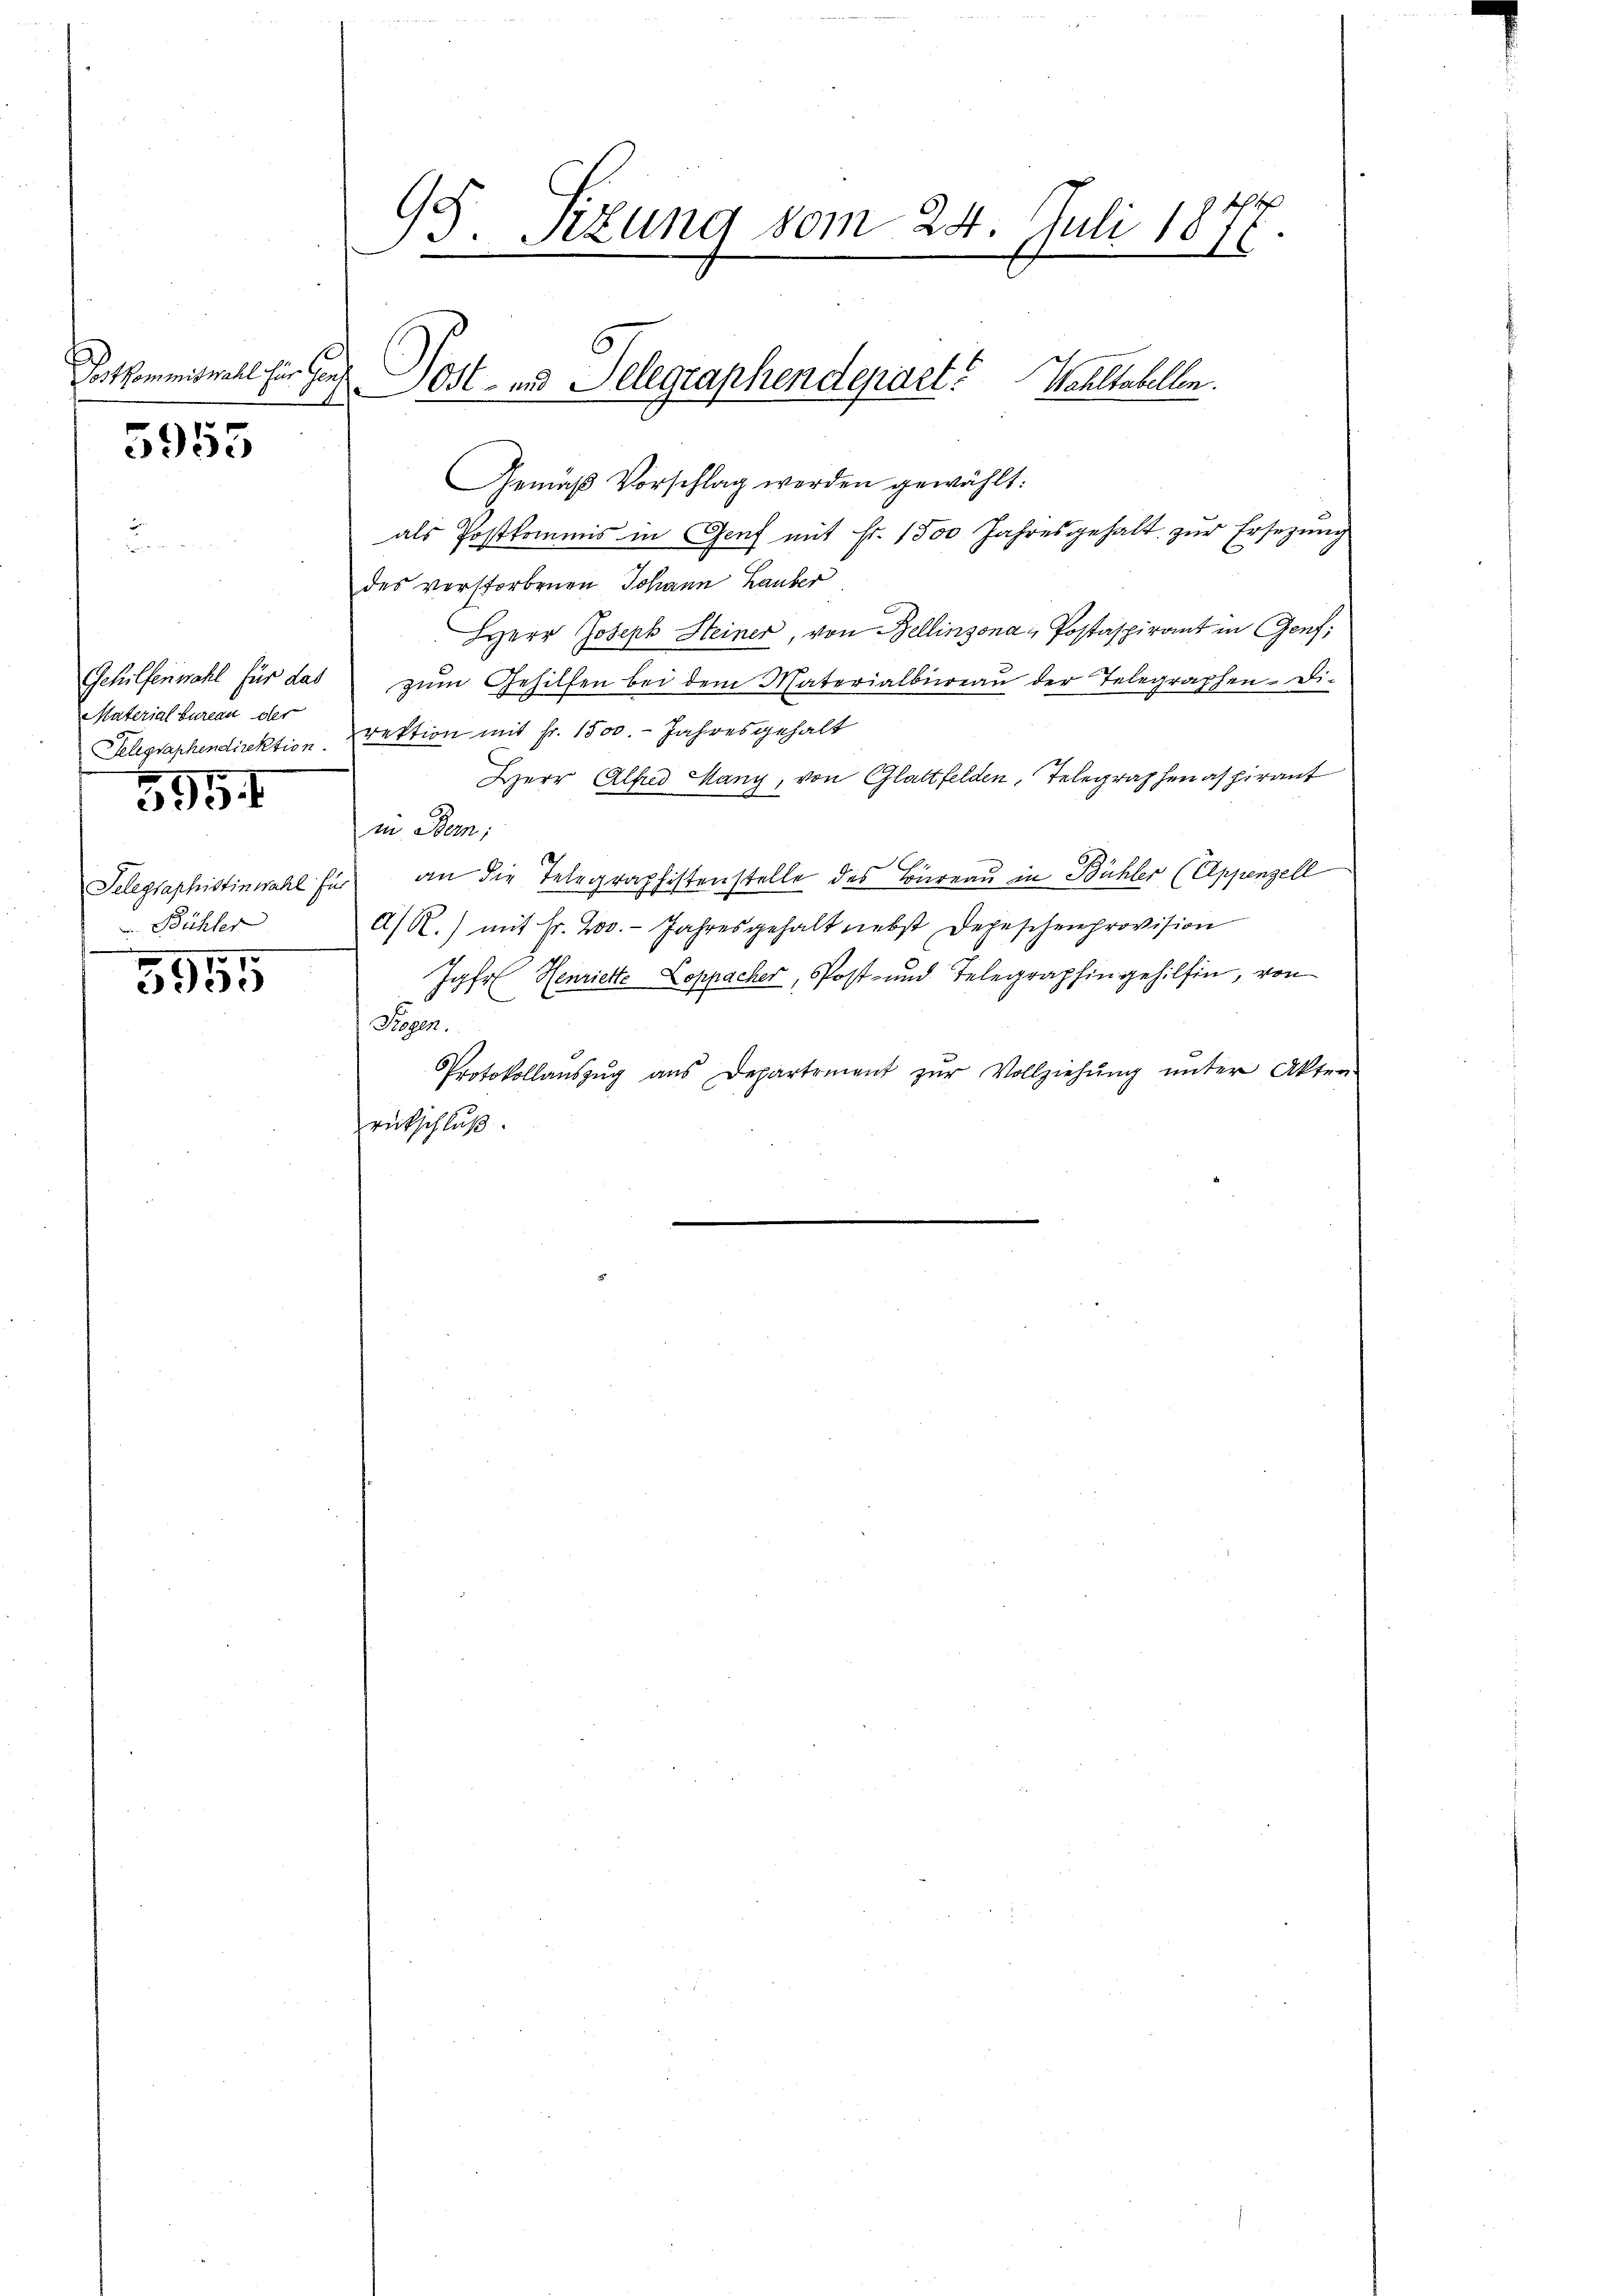
Postkommiswahl für Hoch

5955

Gehilfenwahl für das
Material bureau der
Telegraphendirektion.

595. f

Telegraphistinwahl In
Bühler

3955

95. Sizung vom 24. Juli 1877.

Gemäβ Vorschlag werden gewählt:
als Postkommis in Genf mit Fr. 1500 Jahresgehalt zur Ersezung
des verstorbenen Johann Lauber
HHerr Joseph Steiner, von Bellinzona Postaspirant in Genf,
zum Gehilfen bei dem Materialbüreau der Telegraphen- Di-
rektion mit Fr. 1500. - Jahresgehalt
Herr Alfud Many, von Glattfelden, Telegraphenaspirant
in Bern;
an die Telegraphistenstelle des Büreau in Bühler (Appenzell
A/R.) mit Fr. 200. - Jahresgehalt nebst Depeschenprovision
Jahr Henriette Doppacher, Post- und Telegraphingehilfen, von
Trogen.
Protokollaŭszŭg aŭs Departement zŭr Vollziehŭng ŭnter Akten-
rückschluß.

Post- und Telegraphendepart? Wohltabellen.